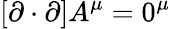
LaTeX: [\mathbf{\partial}\cdot\mathbf{\partial}]A^{\mu}=0^{\mu}